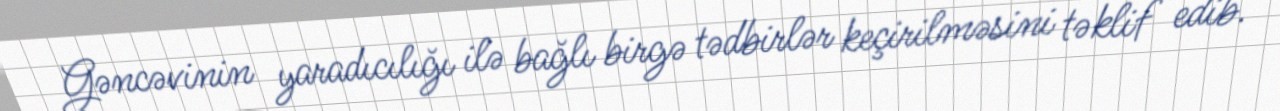
Gəncəvinin yaradıcılığı ilə bağlı birgə tədbirlər keçirilməsini təklif edib.